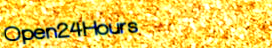
Open24Hours